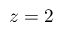
z = 2